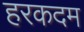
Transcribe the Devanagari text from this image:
हरकदम